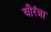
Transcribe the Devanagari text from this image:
वीरंन्ना